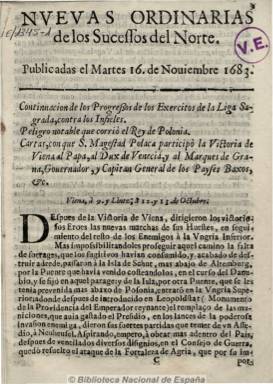
Título: Nuevas ordinarias de los sucessos del Norte
Otros títulos: Nvevas ordinarias de los sucessos del Norte || Gazeta general del Norte, Italia y otras partes || Gaceta general del Norte, Italia y otras partes || Nuevas singulares || Continuación histórica de el estado, sucessos y progressos de la Liga sagrada contra turcos || Continuación histórica del estado, sucesos y progresos de la Liga sagrada contra los turcos || Relación histórica del año ... tocante al estado, sucessos y progressos de la Liga Sagrada contra los turcos || Relación histórica del año ... tocante al estado, sucessos y progresos de la Liga Sagrada contra los turcos || Noticias generales de las cosas del Norte || Noticias ordinarias || Nuevas ordinarias de los sucesos del Norte || Nuevas ordinarias del Norte || Gaceta de Armendáriz
Colección: Gacetas
Ámbito geográfico: Madrid
Lugar de publicación: Madrid
Fechas: 16/11/1683-11/12/1696

Bajo este título comenzó a publicarse en 1683 lo que se considera continuación de la Gazeta ordinaria de Madrid (1677-1680), que a la vez era continuación de Relación o Gazeta nueva… (1661-1663), es decir, de lo que se conoce como Gaceta de Madrid, considerada el primer periódico español. La interrupción de su predecesora se había producido con la muerte de quien había sido entonces el mentor de la misma, el gobernador de Flandes, Juan José de Austria, y su ahora reaparición se producirá  por el gran interés que despiertan los sucesos de Viena y la guerra entre la Liga Sagrada y el imperio otomano. De tal forma que el primer número que se conserva, de 16 de noviembre de 1683, informa de los progresos de los ejércitos de la liga contra los turcos y da cuenta de las cartas con las que el rey de Polonia informa de la victoria de Viena al Papa, al duque de Venecia y al capitán general de los Países Bajos.

Para su publicación Fabio de Bremundán había sido nombrado gacetero mayor del reino y junto a Bernardo de Villa-Diego, impresor de rey Carlos II, comenzará a editar y dirigir esta gaceta periódica cada martes en números de una docena de páginas y numeración continuada. Pero, a partir de enero de 1684, la colección de este título, perteneciente a la de Pascual Gayangos, es una verdadera anarquía ya que forman parte de la misma gaceta una variedad de títulos en su cabecera. Así, por ejemplo, a partir de 1685 forma parte de esta colección el título Continuación histórica del estado, sucesos y progresos de la Liga Sagrada contra [los] turcos.

Su impresión correrá ahora a cuenta de la Imprenta Real, a cargo de Mateo de Llanos, pero sobre todo del librero de cámara del rey y curial de Roma, Sebastián de Armendáriz. También será estampado en la imprenta de Antonio Román, y su título cambia a Noticias ordinarias del norte, Italia, España y otras partes.

Todos estos títulos forman parte de una publicación que se considera gaceta periódica, en contraposición a las relaciones o noticias ocasionales y a los avisos o publicaciones seriadas en torno a un acontecimiento concreto, al incluir noticias sobre diversos acontecimientos que sucedían en Venecia, Austria o Polonia, pero también otras generales que acontecían en otras capitales europeas y en España.

Al fallecer Bremundán, el 12 de septiembre de 1690, será nombrado el 20 de agosto de 1690 gacetero mayor del reino Juan de las Hebas, y le será cedido el privilegio de publicación de este periódico, con el título de Noticias ordinarias, al Hospital General de Madrid, como donativo benéfico. Seguirá saliendo, algunas veces los sábados, hasta su desaparición en 1697, llevando sus últimos años una vida lánguida y habiendo vuelto a manos del impresor José de Goyeneche. Este mismo año le sustituirá de nuevo la Gazeta de Madrid, título este que compartiéndolo con el del Boletín Oficial del Estado, permanecerá en la historia de la prensa española hasta mediados de la década de los ochenta del siglo veinte.